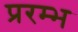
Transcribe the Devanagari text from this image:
प्ररम्भ